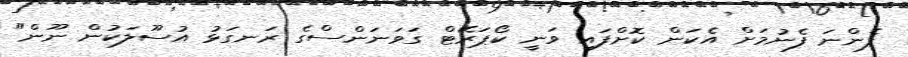
ފެންނަ ފެނުމަށް އެކަން ކޮށްފައި ވަނީ ކޯޕަރޭޓް ގަވަނަންސްގެ ރަނގަޅު އުސޫލަކުން ނޫން"